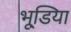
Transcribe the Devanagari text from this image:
भूडि़या